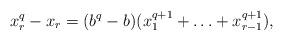
LaTeX: \begin{align*}x_r^q-x_r=(b^q-b)(x_1^{q+1}+\ldots+x_{r-1}^{q+1}),\end{align*}